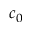
c _ { 0 }